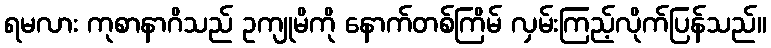
ရမလား ကုစာနာဂိသည် ဥကျုမိကို နောက်တစ်ကြိမ် လှမ်းကြည့်လိုက်ပြန်သည်။